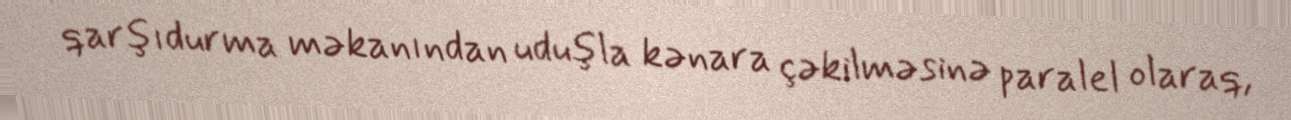
qarşıdurma məkanından uduşla kənara çəkilməsinə paralel olaraq,